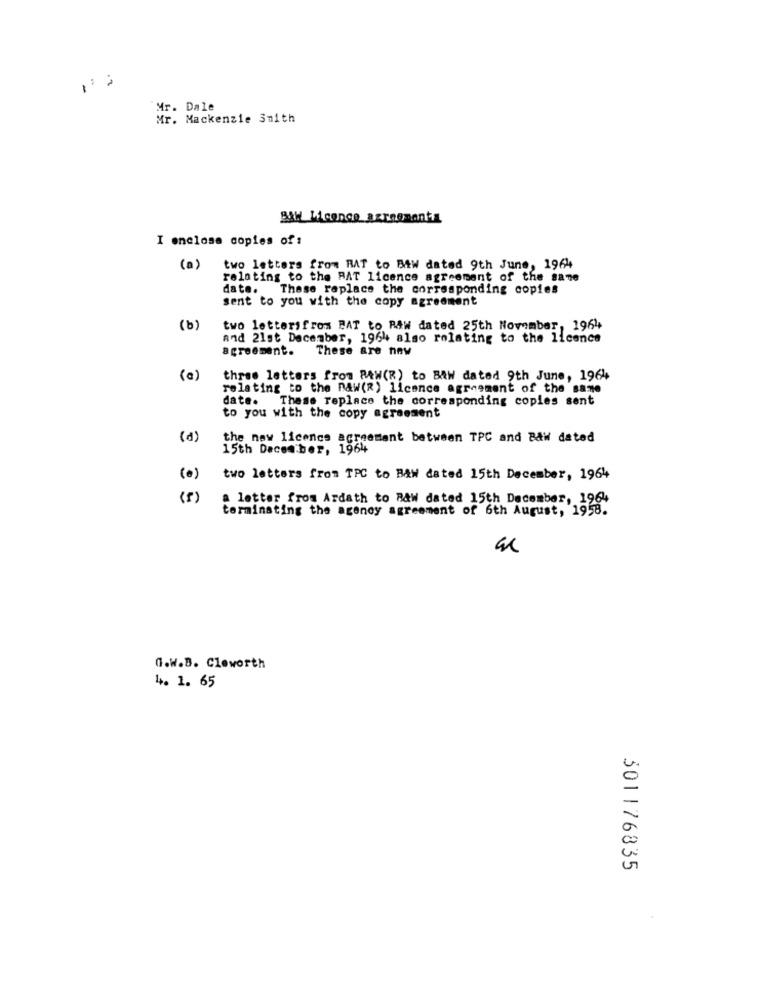
Mr. Dale
Mr. Mackenzie Smith
BAH Licence azroomants
I enclose copies of :
(a)
two letters from RAT to Btw dated 9th June, 1964
relating to the RAT licence agreement of the same
date. These replace the corresponding copies
sent to you with the copy agreement
(b)
two lettersfrom BAT to RAW dated 25th November, 1964
and 21st December, 1964 also relating to the licence
agreement.
These are new
(a)
three letters from RAW(R) to BAW dated 9th June, 1964
relating to the RAW(R) licence agreement of the same
date. These replace the corresponding copies sent
to you with the copy agreement
(d)
the new licence agreement between TPC and Baw dated
15th December, 1964
two letters from TPC to B&w dated 15th December, 1964
( 1)
a letter from Ardath to Raw dated 15th December, 1964
terminating the agency agreement of 6th August, 1958.
G.W.B. Cloworth
4. 1. 65
301176835